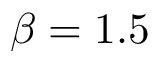
\beta = 1 . 5